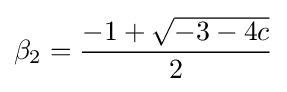
\beta _{2}={\frac {-1+{\sqrt {-3-4c}}}{2}}